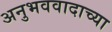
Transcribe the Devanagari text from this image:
अनुभववादाच्या